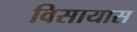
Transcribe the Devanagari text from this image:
विसायास